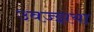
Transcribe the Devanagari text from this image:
उवज्झया